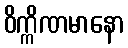
ဝိက္ကိဏမာနော